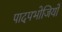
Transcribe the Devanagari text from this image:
पादपभोजियों